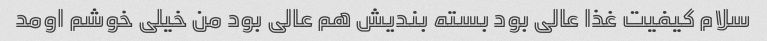
سلام کیفیت غذا عالی بود بسته بندیش هم عالی بود من خیلی خوشم اومد